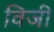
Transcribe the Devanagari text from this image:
विजी